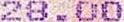
28.00